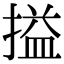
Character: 搤